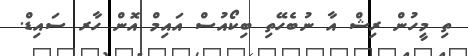
ތި މީހުން ރިޝް އާ ނުބެހޭތި ބިކޯއުސް އައިމް އޮން ހާރ ސައިޑް.